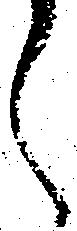
く